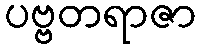
ပဗ္ဗတရာဇာ